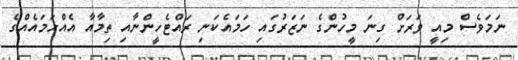
ނަމަވެސް މިއީ ވަރަށް ގިނަ މީހުންގެ ނަޒަރުގައި ހަމައެކަނި ރައްޓެހީންނާއި ތިމާއާ އެއްހަމައެއްގެ